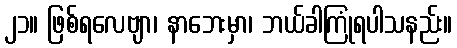
၂၁။ ဖြစ်ရလေဗျာ၊ နာဘေးမှာ၊ ဘယ်ခါကြုံရပါသနည်း။